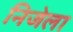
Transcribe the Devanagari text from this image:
निजेला